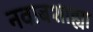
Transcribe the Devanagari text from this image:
नवाबशाह्या